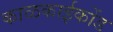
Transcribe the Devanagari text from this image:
काळकाईकोंड